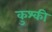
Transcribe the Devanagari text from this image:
कुश्की